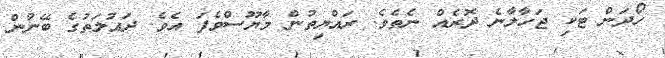
ހޯދަން ޓަކި ޖަހާލާނެ ދޮރެއް ނެތެވެ. ރައްޔިތުން މާޔޫސްވެފަ އެވެ. ދައުލަތުގެ ބޭނުން